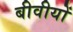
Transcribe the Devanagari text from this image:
बीवीयों